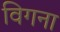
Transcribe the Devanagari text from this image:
विगना